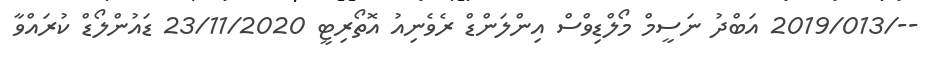
--/2019/013 އަބްދު ނަސީމް މޯލްޑިވްސް އިންލަންޑް ރެވެނިއު އޮތޯރިޓީ 23/11/2020 ޑައުންލޯޑް ކުރައްވާ